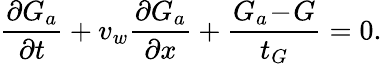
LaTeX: \frac{\partial G_{a}}{\partial t}+v_{w}\frac{\partial G_{a}}{\partial x}+\frac{G_{a}\! -\! G}{t_{G}}=0.